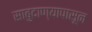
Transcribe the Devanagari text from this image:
साबुदाण्यापासून